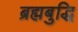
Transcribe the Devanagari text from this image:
ब्रह्मबुद्धि